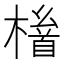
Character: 𱤛